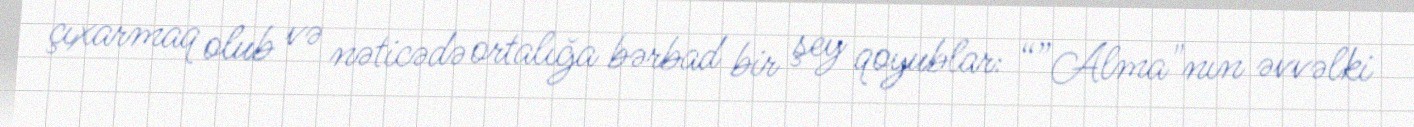
çıxarmaq olub və nəticədə ortalığa bərbad bir şey qoyublar: “”Alma"nın əvvəlki